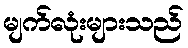
မျက်လုံးများသည်